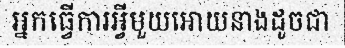
អ្នកធ្វើការអ្វីមួយអោយនាងដូចជា